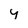
Character: y